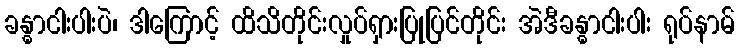
ခန္ဓာငါးပါးပဲ၊ ဒါကြောင့် ထိသိတိုင်းလှုပ်ရှားပြုပြင်တိုင်း အဲဒီခန္ဓာငါးပါး ရုပ်နာမ်